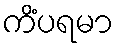
ကိံပရမာ